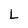
Character: L